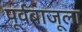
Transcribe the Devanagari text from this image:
पूर्वबाजूला